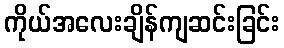
ကိုယ်အလေးချိန်ကျဆင်းခြင်း